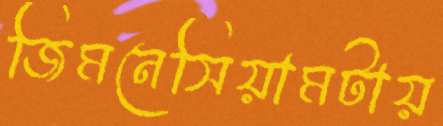
জিমনেসিয়ামটায়